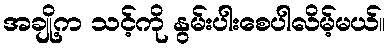
အချို့က သင့်ကို နွမ်းပါးစေပါလိမ့်မယ်။